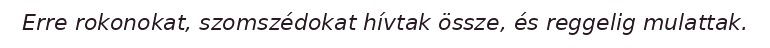
Erre rokonokat, szomszédokat hívtak össze, és reggelig mulattak.